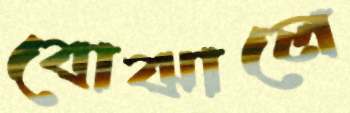
বোঝালে